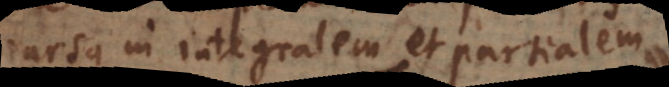
rursus in integralem et partialem